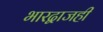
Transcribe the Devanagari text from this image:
भारद्वाजही